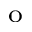
^ \mathrm { o }